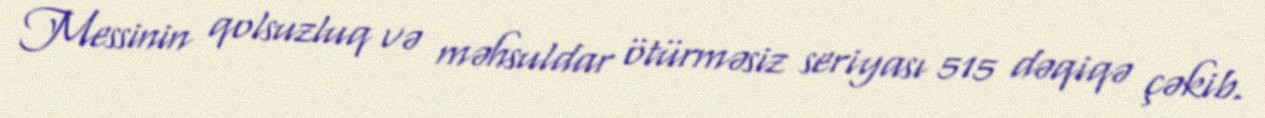
Messinin qolsuzluq və məhsuldar ötürməsiz seriyası 515 dəqiqə çəkib.